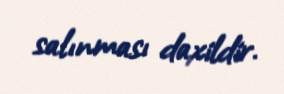
salınması daxildir.